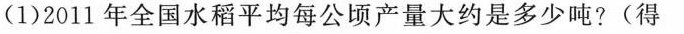
”(1)2011年全国水稻平均每公顷产量大约是多少吨?(得